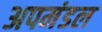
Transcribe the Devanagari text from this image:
अपमंडल